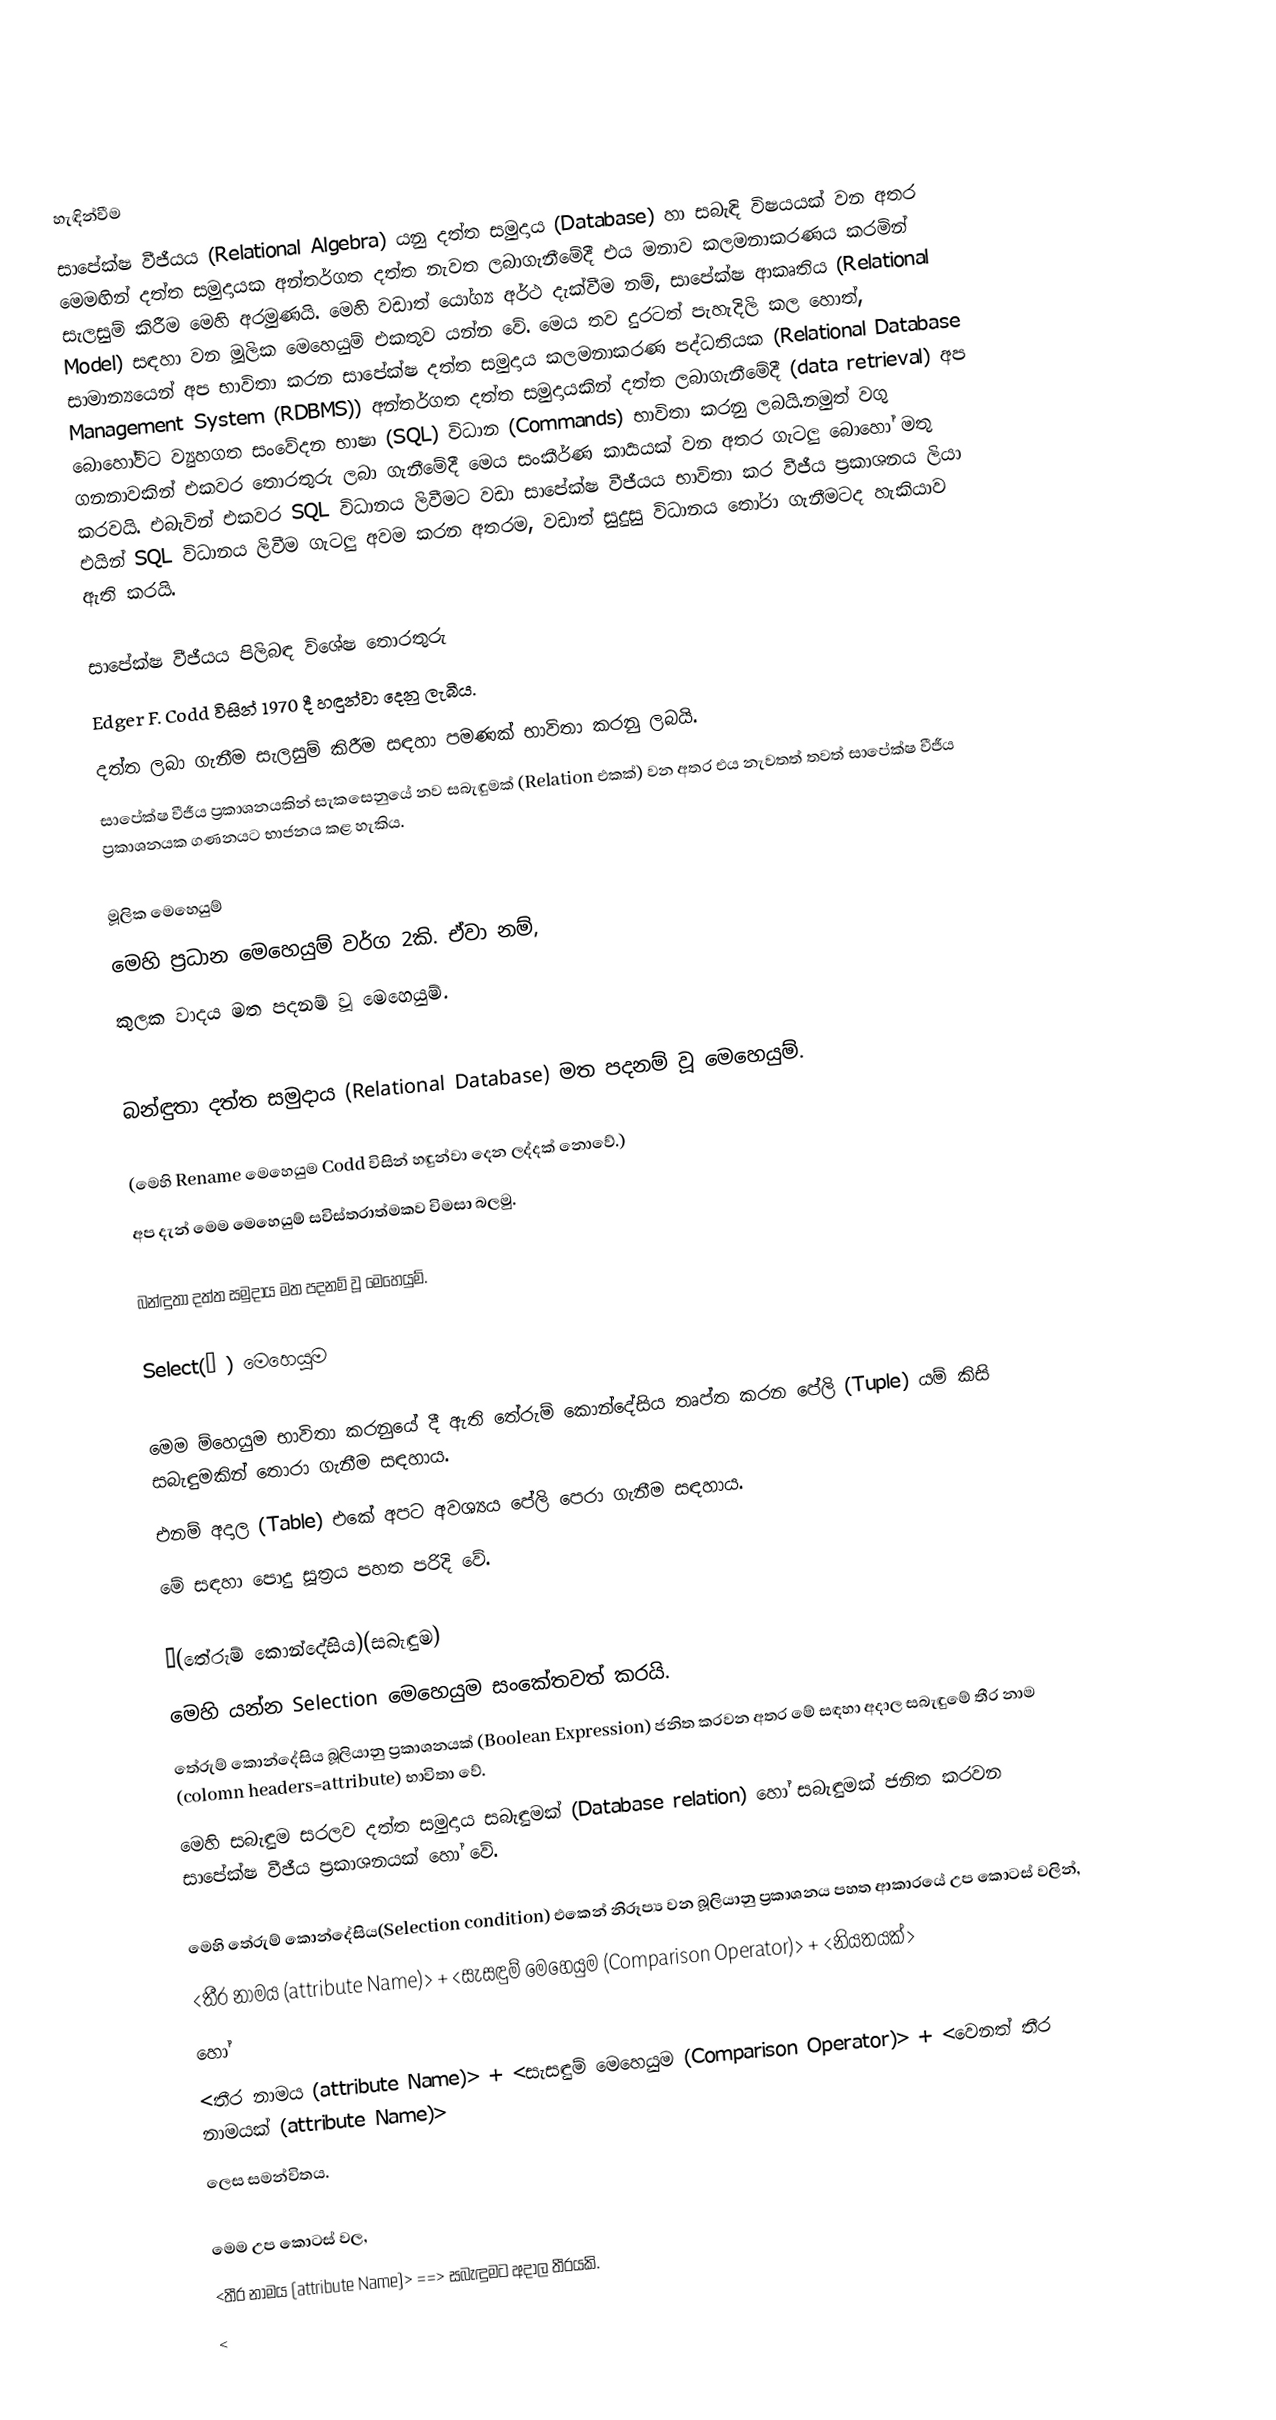

හැඳින්වීම
සාපේක්ෂ වීජීයය (Relational Algebra) යනු දත්ත සමුදාය (Database) හා සබැඳි විෂයයක් වන අතර මෙමඟින් දත්ත සමුදායක අන්තර්ගත දත්ත නැවත ලබාගැනීමේදී එය  මනාව කලමනාකරණය කරමින් සැලසුම් කිරීම මෙහි අරමුණයි. මෙහි වඩාත් යෝග්‍ය අර්ථ දැක්වීම නම්, සාපේක්ෂ ආකෘතිය (Relational Model) සඳහා වන මූලික මෙහෙයුම් එකතුව යන්න වේ. මෙය තව දුරටත් පැහැදිලි කල හොත්, සාමාන්‍යයෙන් අප භාවිතා කරන සාපේක්ෂ දත්ත සමුදාය කලමනාකරණ පද්ධතියක (Relational Database Management System (RDBMS)) අන්තර්ගත දත්ත සමුදායකින් දත්ත ලබාගැනීමේදී (data retrieval) අප බොහෝවිට ව්‍යුහගත සංවේදන භාෂා (SQL) විධාන (Commands) භාවිතා කරනු ලබයි.නමුත් වගු ගනනාවකින් එකවර තොරතුරු ලබා ගැනීමේදී මෙය සංකීර්ණ කාර්‍යයක් වන අතර ගැටලු බොහෝ මතු කරවයි. එබැවින් එකවර SQL විධානය ලිවීමට වඩා සාපේක්ෂ වීජීයය භාවිතා කර වීජීය ප්‍රකාශනය ලියා එයින් SQL විධානය ලිවීම ගැටලු අවම කරන අතරම, වඩාත් සුදුසු විධානය ‍තෝරා ගැනීමටද හැකියාව ඇති කරයි.

සාපේක්ෂ වීජීයය පිලිබඳ විශේෂ තොරතුරු
 Edger F. Codd විසින් 1970 දී හඳුන්වා දෙනු ලැබීය.
 දත්ත ලබා ගැනීම සැලසුම් කිරීම සඳහා පමණක් භාවිතා කරනු ලබයි.
 සාපේක්ෂ වීජීය ප්‍රකාශනයකින් සැකසෙනුයේ නව සබැඳුමක් (Relation එකක්) වන අතර එය නැවතත් තවත්  සාපේක්ෂ වීජීය ප්‍රකාශනයක ගණනයට භාජනය කළ හැකිය.

මූලික මෙහෙයුම්
 මෙහි ප්‍රධාන මෙහෙයුම් වර්ග 2කි. ඒවා නම්,
කුලක වාදය මත පදනම් වූ මෙහෙයුම්.

බන්ඳුතා දත්ත සමුදාය (Relational Database) මත පදනම් වූ මෙහෙයුම්.

 (මෙහි Rename මෙහෙයුම Codd විසින් හඳුන්වා දෙන ලද්දක් නොවේ.)
 අප දැන් මෙම මෙහෙයුම් සවිස්තරාත්මකව විමසා බලමු.

බන්ඳුතා දත්ත සමුදාය මත පදනම් වූ මෙහෙයුම්.

Select(σ ) මෙහෙයුම

 මෙම ම්හෙයුම භාවිතා කරනුයේ දී ඇති තේරුම් කොන්දේසිය තෘප්ත කරන පේලි (Tuple) යම් කිසි සබැඳුමකින් තොරා ගැනීම සඳහාය.
 එනම් අදාල (Table) එකේ අපට අවශ්‍යය පේලි පෙරා ගැනීම සඳහාය.
මේ  සඳහා පොදු සූත්‍රය පහත පරිදි වේ.

  σ(තේරුම් කොන්දේසිය)(සබැඳුම)
මෙහි යන්න Selection මෙහෙයුම සංකේතවත් කරයි.
තේරුම් කොන්දේසිය බූලියානු ප්‍රකාශනයක් (Boolean Expression) ජනිත කරවන අතර මේ සඳහා අදාල සබැඳුමේ තීර නාම (colomn headers=attribute) භාවිතා වේ.
මෙහි සබැඳුම සරලව දත්ත සමුදාය සබැඳුමක් (Database relation) හෝ සබැඳුමක් ජනිත කරවන සාපේක්ෂ  වීජීය ප්‍රකාශනයක් හෝ වේ.

මෙහි තේරුම් කොන්දේසිය(Selection condition) එකෙන් නිරූප්‍ය වන බූලියානු ප්‍රකාශනය පහත ආකාරයේ උප කොටස් වලින්,
<තීර නාමය (attribute Name)> + <සැසඳුම් මෙහෙයුම (Comparison Operator)> + <නියතයක්>
හෝ
<තීර නාමය (attribute Name)> + <සැසඳුම් මෙහෙයුම (Comparison Operator)> + <වෙනත් තීර නාමයක් (attribute Name)>
ලෙස සමන්විතය.

මෙම උප කොටස් වල,
 <තීර නාමය (attribute Name)> ==> සබැඳුමට අදාල තීරයකි.
 <